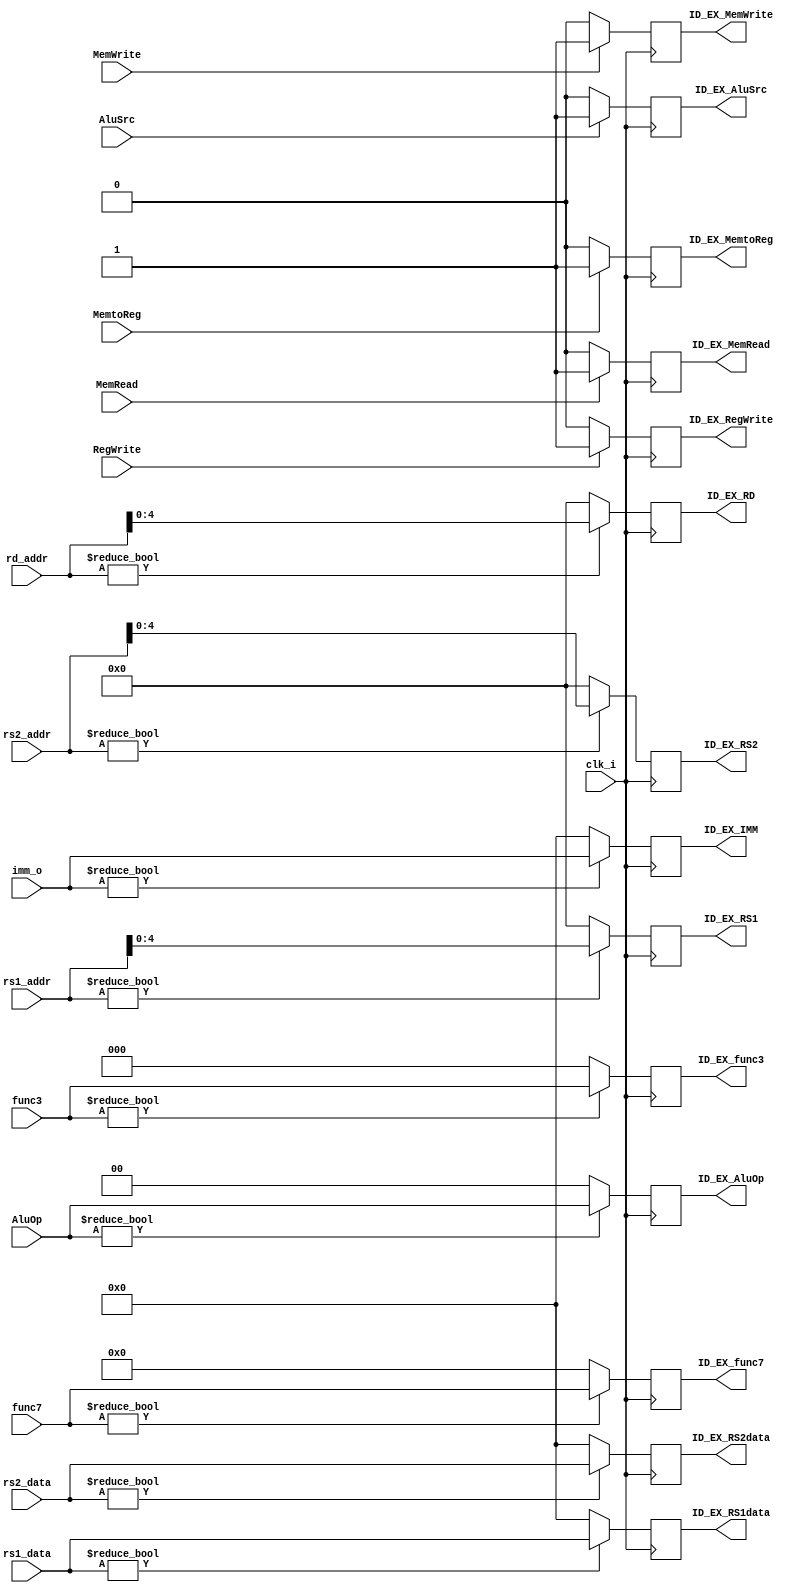
module ID_EX(
    input           clk_i, AluSrc, RegWrite, MemtoReg, MemRead, MemWrite,
    input [1 : 0]   AluOp,
    input [2 : 0]   func3,
    input [6 : 0]   func7,
    input [31 : 0]  rd_addr, rs1_addr, rs2_addr, rs1_data, rs2_data, imm_o,
    output reg [31 : 0] ID_EX_RS1data, ID_EX_RS2data, ID_EX_IMM,
    output reg [4 : 0]  ID_EX_RD, ID_EX_RS1, ID_EX_RS2,
    output reg [6 : 0]  ID_EX_func7,
    output reg [2 : 0]  ID_EX_func3,
    output reg [1 : 0]  ID_EX_AluOp,
    output reg          ID_EX_AluSrc, ID_EX_RegWrite, ID_EX_MemtoReg, ID_EX_MemRead, ID_EX_MemWrite
);

always @(posedge clk_i) begin
    if(rd_addr)     ID_EX_RD        <= rd_addr;     else    ID_EX_RD        <= 0;
    if(rs1_addr)    ID_EX_RS1       <= rs1_addr;    else    ID_EX_RS1       <= 0;
    if(rs2_addr)    ID_EX_RS2       <= rs2_addr;    else    ID_EX_RS2       <= 0;
    if (rs1_data)   ID_EX_RS1data   <= rs1_data;    else    ID_EX_RS1data   <= 0;
    if(rs2_data)    ID_EX_RS2data   <= rs2_data;    else    ID_EX_RS2data   <= 0;
    if(imm_o)       ID_EX_IMM       <= imm_o;       else    ID_EX_IMM       <= 0;
    if(func7)       ID_EX_func7     <= func7;       else    ID_EX_func7     <= 0;
    if(func3)       ID_EX_func3     <= func3;       else    ID_EX_func3     <= 0;
    if(AluOp)       ID_EX_AluOp     <= AluOp;       else    ID_EX_AluOp     <= 0;
    if(AluSrc)      ID_EX_AluSrc    <= AluSrc;      else    ID_EX_AluSrc    <= 0;
    if(RegWrite)    ID_EX_RegWrite  <= RegWrite;    else    ID_EX_RegWrite  <= 0;
    if(MemtoReg)    ID_EX_MemtoReg  <= MemtoReg;    else    ID_EX_MemtoReg  <= 0;
    if(MemRead)     ID_EX_MemRead   <= MemRead;     else    ID_EX_MemRead   <= 0;
    if(MemWrite)    ID_EX_MemWrite  <= MemWrite;    else    ID_EX_MemWrite  <= 0;
end


endmodule